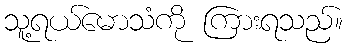
သူ့ရယ်မောသံကို ကြားရသည်။